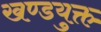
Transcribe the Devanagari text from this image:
खण्डयुक्त